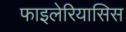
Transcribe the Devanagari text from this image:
फाइलेरियासिस